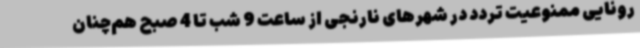
رونایی ممنوعیت تردد در شهرهای نارنجی از ساعت 9 شب تا 4 صبح هم‌چنان